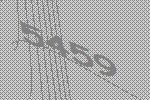
5459